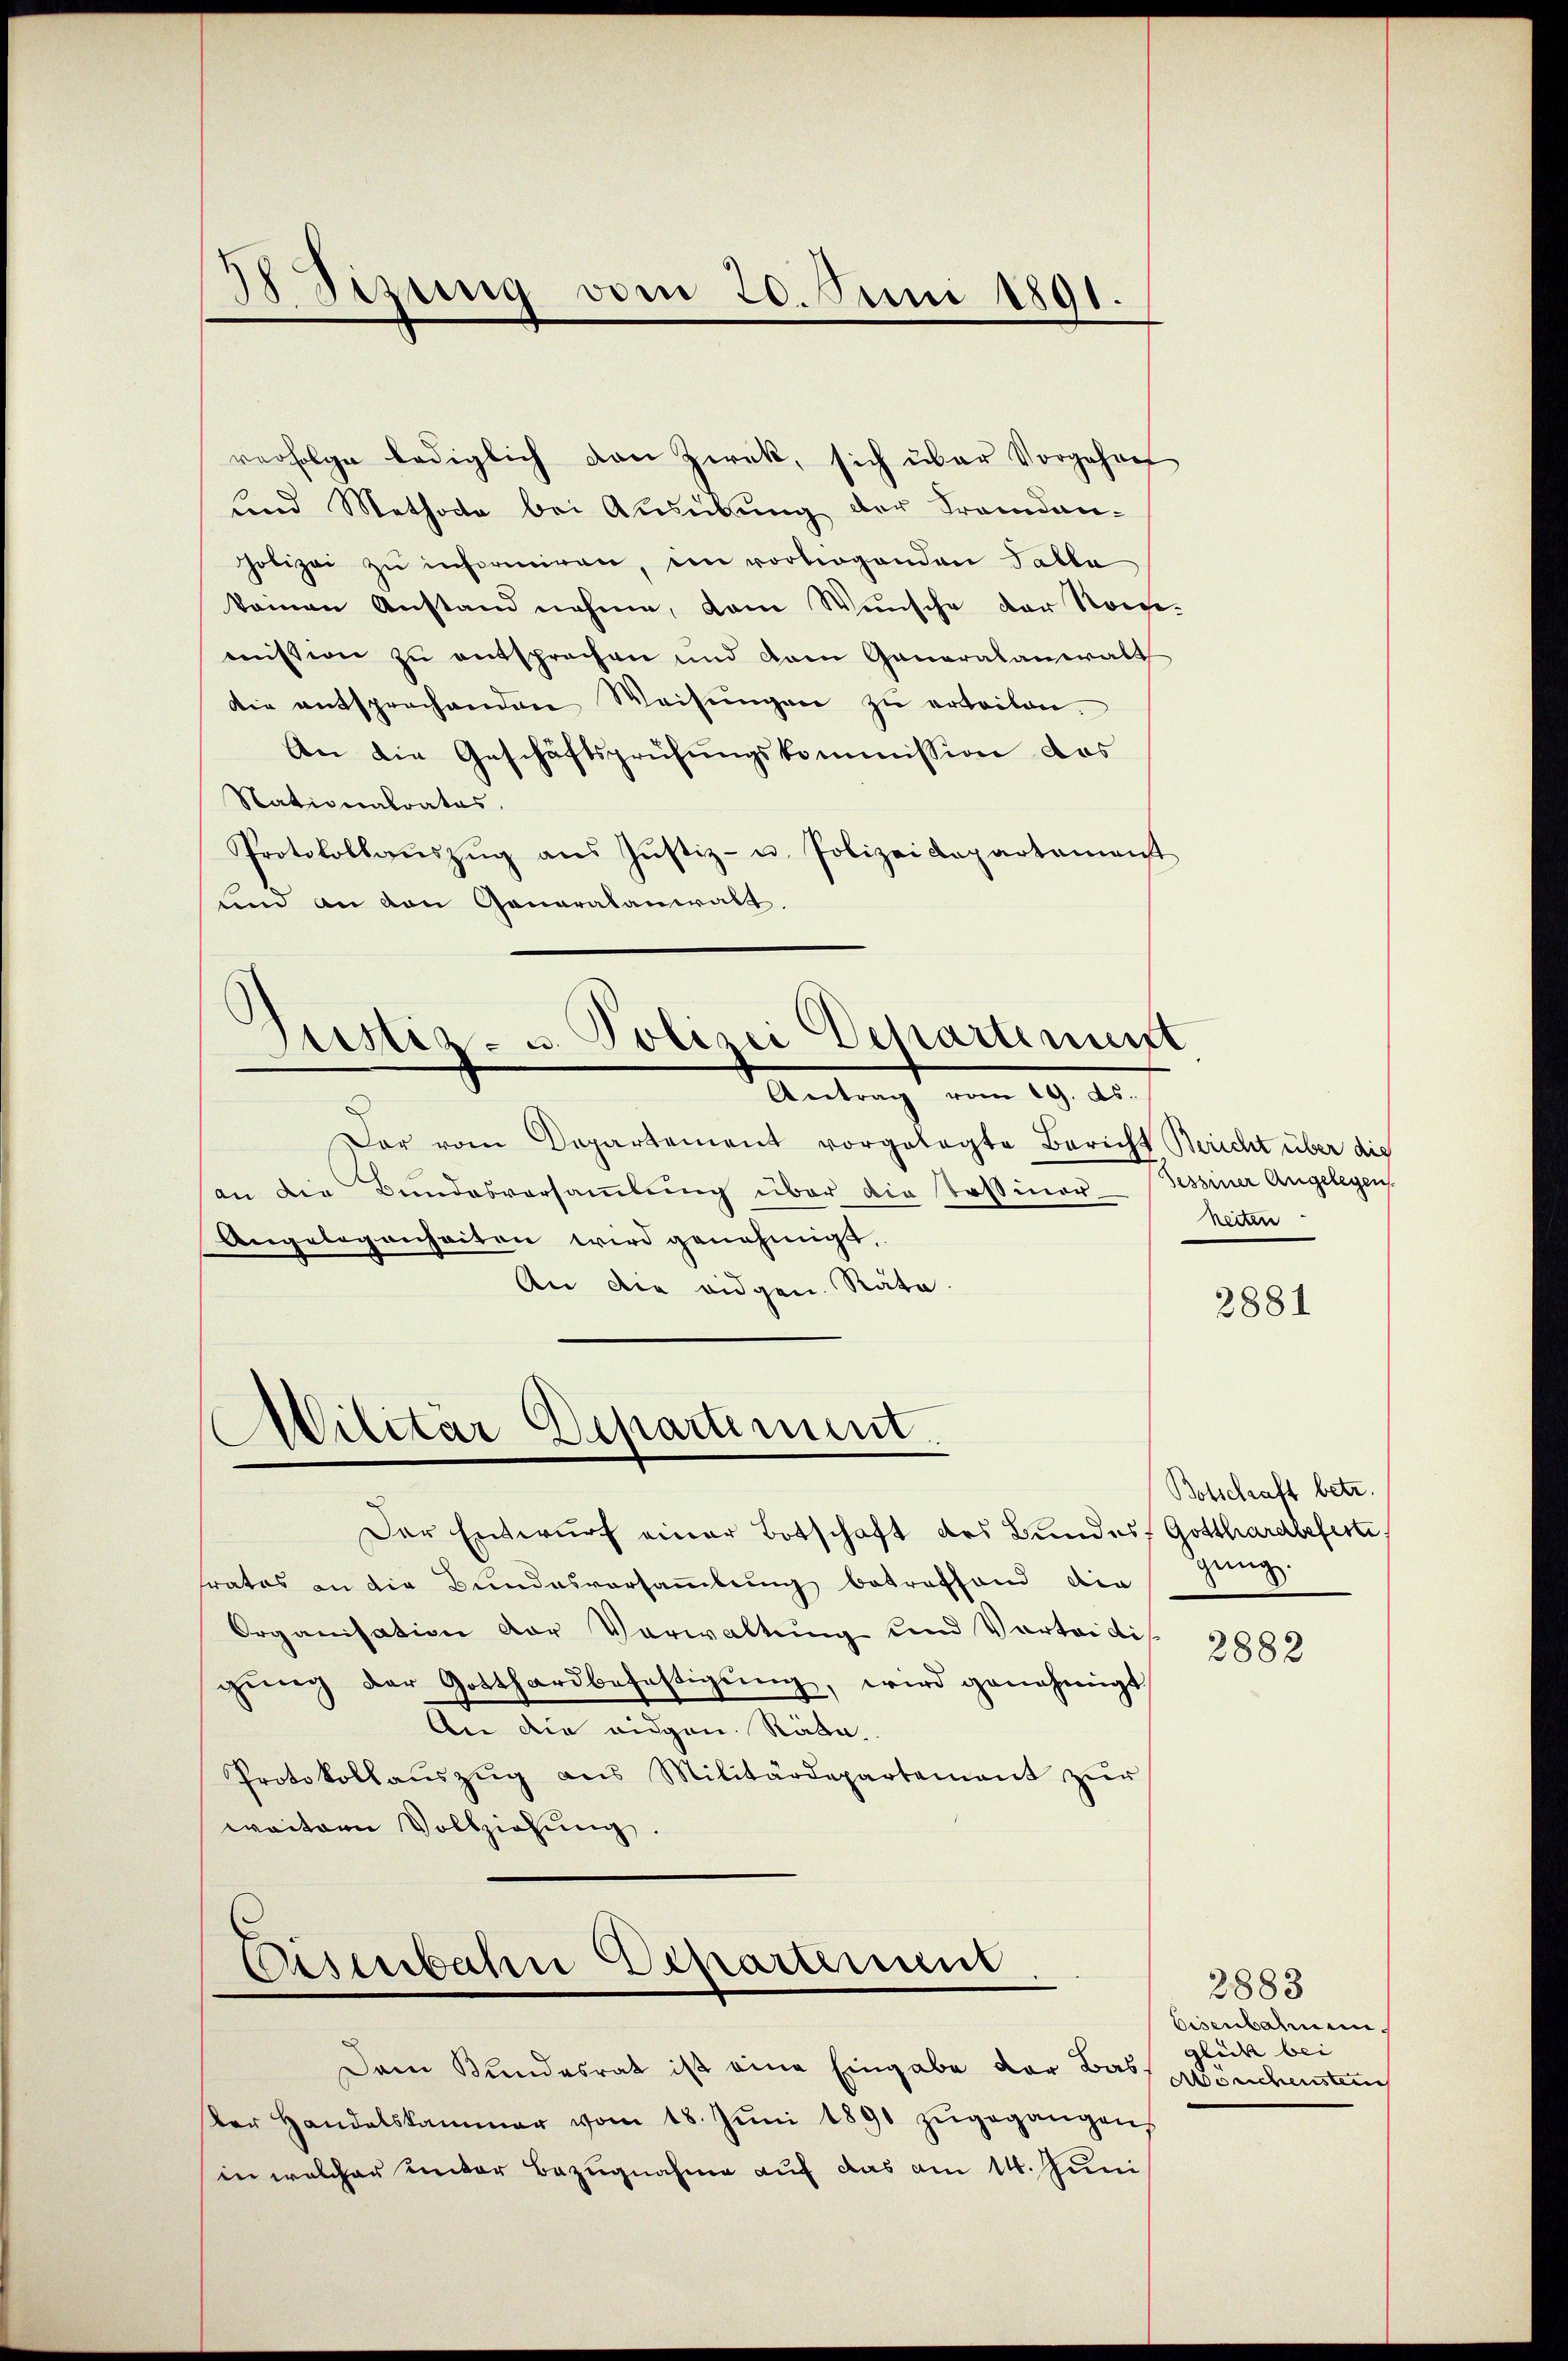
Bizung vom 20. Juni 1891.

verfolge lediglich den Zweck, sich über Vorgehre
Land Methode bei Ausübung der Fremden-
polizei zu informiren, im vorliegenden Talla
keinen Anstand nehme, dem Wunsche der Sorge-
mission zu entsprechen und dem Generalanwalt
die entsprechenden Weisŭngen zŭ erteilen.
An die Geschäftsprüfungskommission des
Nationalrates.
Protokollaŭszŭg ans Justiz- u. Polizeidepartement
ind an den Generalanwalt.

Antrag vom 19. ds.
Der vom Departement vorgelegte Bericht Bericht über die
an die Bundesversaṁlŭng über die Tessiner Sessiner Angelegen
Angelegenheiten wird genehmigt.
An die eidgen. Räte.

Justiz- u. Polizei Departenunt

Militar Departiment.

Disenbahn Departement

Der Entwurf einer Botschaft des Bundes, Gotthardbefeste
frates an die Bundesvorsammlung betreffend der
Organisation der Verwaltung und Vortridis
gŭng der Gotthardbefestigŭng, wird genehmigt
An die eidgen. Räte.
Protokollaŭszŭg ans Militärdepartement zŭr
weitern Vollziehung.

Dem Bundesrat ist eine Eingabe der Bas Mönchensten
ker Handelskammer vom 18. Jŭni 1891 zŭgegangens
in welcher unter Bezugnahme auf das am 14. Juni

heiten

2881

Botschaft betr.
gung.

2882

2883
Eisenbahnen
glich bei